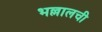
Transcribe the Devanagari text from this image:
भल्लालची